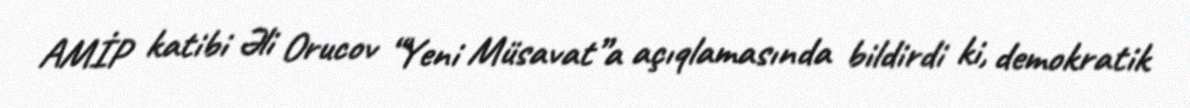
AMİP katibi Əli Orucov “Yeni Müsavat”a açıqlamasında bildirdi ki, demokratik